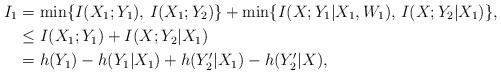
LaTeX: \begin{align*}I_1 &= \min\{I(X_1;Y_1),\, I(X_1;Y_2)\}+ \min\{I(X;Y_1|X_1,W_1),\, I(X;Y_2|X_1)\},\\&\le I(X_1;Y_1) + I(X;Y_2|X_1)\\&= h(Y_1) - h(Y_1|X_1) + h(Y_2'|X_1) - h(Y_2'|X),\end{align*}